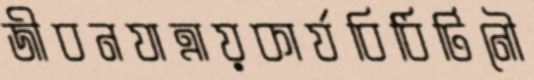
জীবনযাত্রায়কার্যবিধিটিনৌ